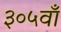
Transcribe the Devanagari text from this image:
३०५वाँ